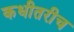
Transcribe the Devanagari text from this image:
कधीतरीच